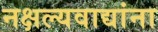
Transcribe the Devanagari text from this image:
नक्षल्यवाद्यांना